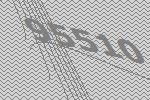
95510